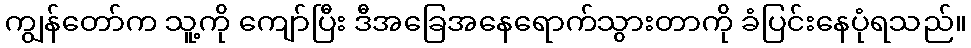
ကျွန်တော်က သူ့ကို ကျော်ပြီး ဒီအခြေအနေရောက်သွားတာကို ခံပြင်းနေပုံရသည်။